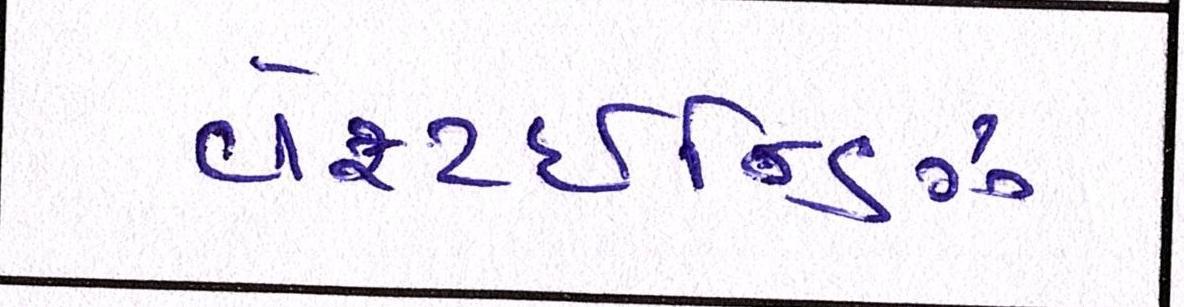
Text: વેસ્ટઈન્ડિઝ